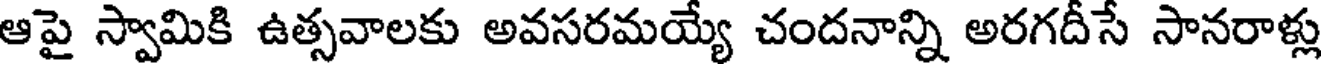
ఆపై స్వామికి ఉత్సవాలకు అవసరమయ్యే చందనాన్ని అరగదీసే సానరాళ్లు